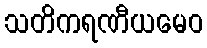
သတိကရဏီယမေဝ